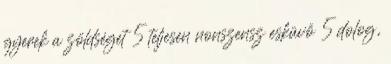
gyerek a zöldséget 5 teljesen nonszensz esküvő 5 dolog,